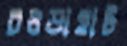
চওড়াহাট